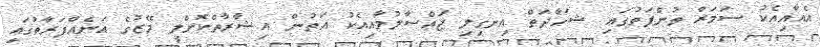
އެއާއިއެކު ސަމަރް ތުންފަތުގައި ޝަހާދަތް އިނގިލި ޖައްސާލުމާއިއެކު އަތުން އިޝާރާތްކޮށްލީ މޭޒުގެ އަނެއްފަރާތުގައި